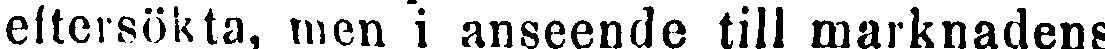
eftersökta, men i anseende till marknadens